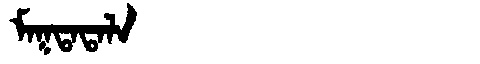
Manchu: ᠮᠠᡴᡨᠠᡨᠠᠯᠠ
Romanization: MAKTATALA